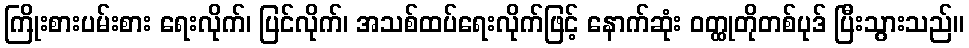
ကြိုးစားပမ်းစား ရေးလိုက်၊ ပြင်လိုက်၊ အသစ်ထပ်ရေးလိုက်ဖြင့် နောက်ဆုံး ဝတ္ထုတိုတစ်ပုဒ် ပြီးသွားသည်။